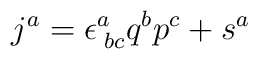
j^{a}=\epsilon^{a}_{\;bc}q^{b}p^{c}+s^{a}